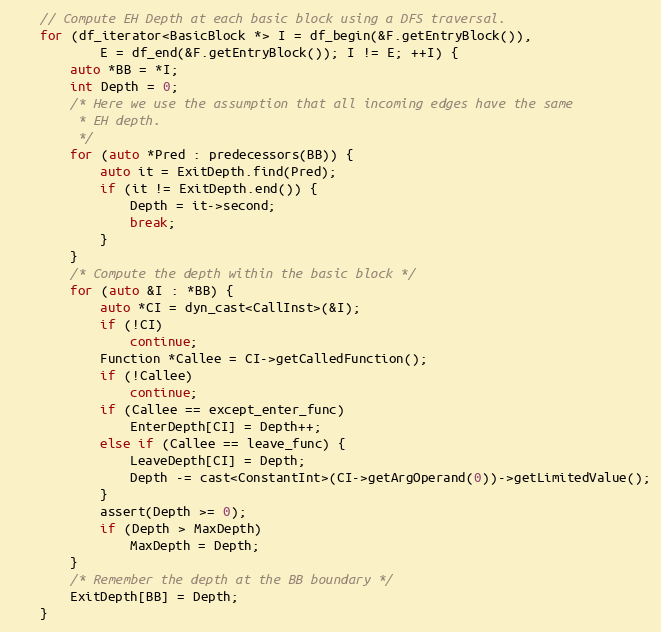
Language: C++
    // Compute EH Depth at each basic block using a DFS traversal.
    for (df_iterator<BasicBlock *> I = df_begin(&F.getEntryBlock()),
            E = df_end(&F.getEntryBlock()); I != E; ++I) {
        auto *BB = *I;
        int Depth = 0;
        /* Here we use the assumption that all incoming edges have the same
         * EH depth.
         */
        for (auto *Pred : predecessors(BB)) {
            auto it = ExitDepth.find(Pred);
            if (it != ExitDepth.end()) {
                Depth = it->second;
                break;
            }
        }
        /* Compute the depth within the basic block */
        for (auto &I : *BB) {
            auto *CI = dyn_cast<CallInst>(&I);
            if (!CI)
                continue;
            Function *Callee = CI->getCalledFunction();
            if (!Callee)
                continue;
            if (Callee == except_enter_func)
                EnterDepth[CI] = Depth++;
            else if (Callee == leave_func) {
                LeaveDepth[CI] = Depth;
                Depth -= cast<ConstantInt>(CI->getArgOperand(0))->getLimitedValue();
            }
            assert(Depth >= 0);
            if (Depth > MaxDepth)
                MaxDepth = Depth;
        }
        /* Remember the depth at the BB boundary */
        ExitDepth[BB] = Depth;
    }